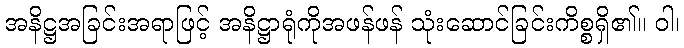
အနိဋ္ဌအခြင်းအရာဖြင့် အနိဋ္ဌာရုံကိုအဖန်ဖန် သုံးဆောင်ခြင်းကိစ္စရှိ၏။ ဝါ၊